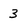
Character: 3